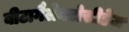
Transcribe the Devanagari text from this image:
बीटागैलेक्टोसीडेज